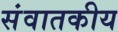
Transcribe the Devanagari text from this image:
संवातकीय